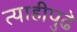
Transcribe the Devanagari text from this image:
त्याहीपुढे